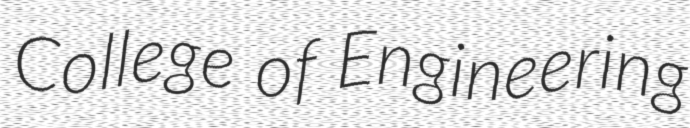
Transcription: College of Engineering